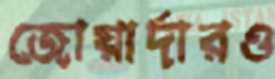
জোয়ার্দারও